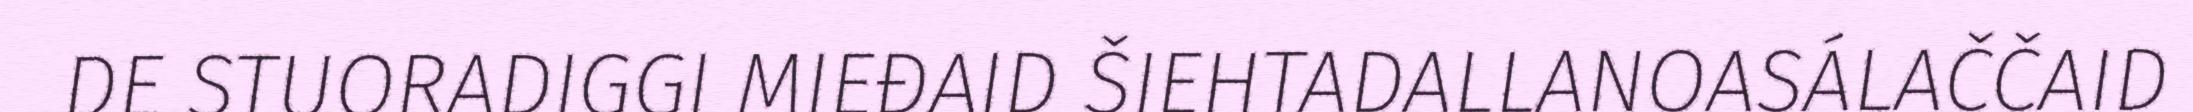
DE STUORADIGGI MIEĐAID ŠIEHTADALLANOASÁLAČČAID